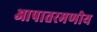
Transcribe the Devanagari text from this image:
आपातरमणीय